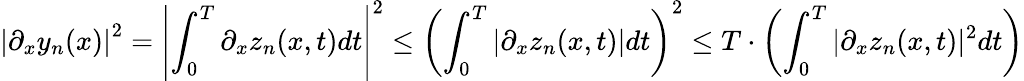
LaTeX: \left\vert\partial_{x}y_{n}(x)\right\vert^{2}=\left\vert\int_{0}^{T}\partial_{x}z_{n}(x,t)dt\right\vert^{2}\leq\left(\int_{0}^{T}|\partial_{x}z_{n}(x,t)|dt\right)^{2}\leq T\cdot\left(\int_{0}^{T}|\partial_{x}z_{n}(x,t)|^{2}dt\right)